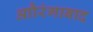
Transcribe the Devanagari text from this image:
आौरंगाबाद